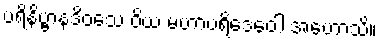
ပရိနိဗ္ဗာနဒိဝသေ ဝိယ မဟာပရိဒေဝေါ အဟောသိ။